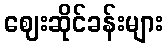
ဈေးဆိုင်ခန်းများ